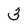
Character: 3